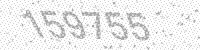
Solution: 159755